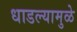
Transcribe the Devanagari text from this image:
धाडल्यामुळे